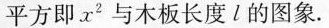
平方即x^{2}与木板长度l的图象.